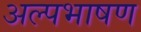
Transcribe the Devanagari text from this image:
अल्पभाषण